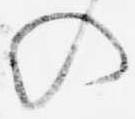
の